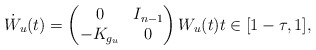
\begin{align*}\dot{W}_u(t)=\begin{pmatrix} 0 & I_{n-1} \\ -K_{g_u} & 0 \end{pmatrix} W_u(t) t \in [1-\tau,1],\end{align*}